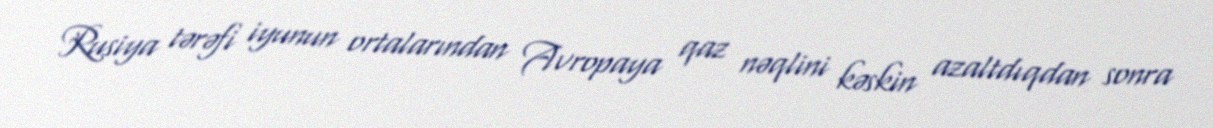
Rusiya tərəfi iyunun ortalarından Avropaya qaz nəqlini kəskin azaltdıqdan sonra